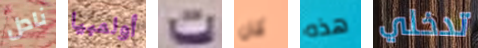
نادل أولمبيا ت كان هذه تدخلي